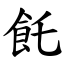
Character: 飥